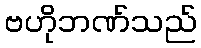
ဗဟိုဘဏ်သည်